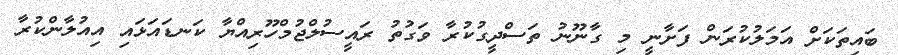
ބައިތަކަށް އަމަލުކުރަން ފަށާނީ މި ގާނޫނު ތަސްދީގުކުރާ ވަގުތު ރައީސުލްޖުމްހޫރިއްޔާ ކަނޑައަޅައި އިއުލާންކުރާ